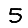
Digit: 5